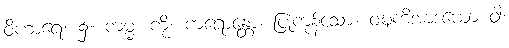
ဝိဟာရေ၊ ၌။ ကမ္မံ၊ ကို။ ကရောန္တော၊ ပြုကုန်သော။ ဝဍ္ဎကိအာဒယော ဝါ၊